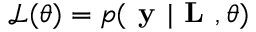
\mathcal { L } ( \boldsymbol { \theta } ) = p ( \textbf { y } | \textbf { L } , \boldsymbol { \theta } )